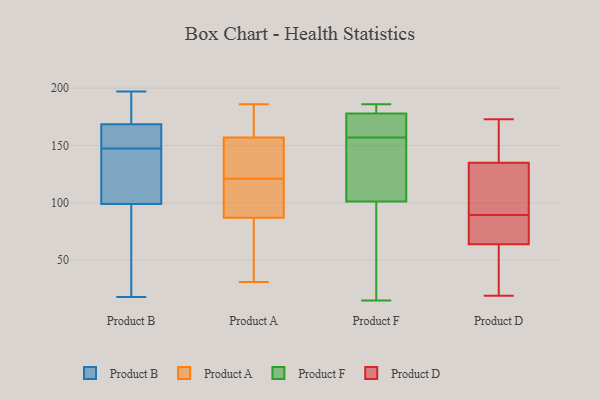
{"axis": {"x": "Headcount", "y": "Value"}, "legend": ["Product A", "Product B", "Product D", "Product F"], "data": [{"x": "", "y": 153, "type": "Product B"}, {"x": "", "y": 18, "type": "Product B"}, {"x": "", "y": 136, "type": "Product B"}, {"x": "", "y": 146, "type": "Product B"}, {"x": "", "y": 111, "type": "Product B"}, {"x": "", "y": 182, "type": "Product B"}, {"x": "", "y": 158, "type": "Product B"}, {"x": "", "y": 163, "type": "Product B"}, {"x": "", "y": 93, "type": "Product B"}, {"x": "", "y": 176, "type": "Product B"}, {"x": "", "y": 33, "type": "Product B"}, {"x": "", "y": 105, "type": "Product B"}, {"x": "", "y": 186, "type": "Product B"}, {"x": "", "y": 197, "type": "Product B"}, {"x": "", "y": 158, "type": "Product B"}, {"x": "", "y": 37, "type": "Product B"}, {"x": "", "y": 174, "type": "Product B"}, {"x": "", "y": 144, "type": "Product B"}, {"x": "", "y": 149, "type": "Product B"}, {"x": "", "y": 56, "type": "Product B"}, {"x": "", "y": 107, "type": "Product A"}, {"x": "", "y": 155, "type": "Product A"}, {"x": "", "y": 157, "type": "Product A"}, {"x": "", "y": 155, "type": "Product A"}, {"x": "", "y": 103, "type": "Product A"}, {"x": "", "y": 31, "type": "Product A"}, {"x": "", "y": 111, "type": "Product A"}, {"x": "", "y": 186, "type": "Product A"}, {"x": "", "y": 87, "type": "Product A"}, {"x": "", "y": 131, "type": "Product A"}, {"x": "", "y": 55, "type": "Product A"}, {"x": "", "y": 68, "type": "Product A"}, {"x": "", "y": 171, "type": "Product A"}, {"x": "", "y": 177, "type": "Product A"}, {"x": "", "y": 88, "type": "Product A"}, {"x": "", "y": 145, "type": "Product A"}, {"x": "", "y": 70, "type": "Product A"}, {"x": "", "y": 167, "type": "Product A"}, {"x": "", "y": 95, "type": "Product F"}, {"x": "", "y": 160, "type": "Product F"}, {"x": "", "y": 157, "type": "Product F"}, {"x": "", "y": 181, "type": "Product F"}, {"x": "", "y": 100, "type": "Product F"}, {"x": "", "y": 105, "type": "Product F"}, {"x": "", "y": 181, "type": "Product F"}, {"x": "", "y": 15, "type": "Product F"}, {"x": "", "y": 186, "type": "Product F"}, {"x": "", "y": 140, "type": "Product F"}, {"x": "", "y": 169, "type": "Product F"}, {"x": "", "y": 52, "type": "Product D"}, {"x": "", "y": 172, "type": "Product D"}, {"x": "", "y": 119, "type": "Product D"}, {"x": "", "y": 108, "type": "Product D"}, {"x": "", "y": 19, "type": "Product D"}, {"x": "", "y": 64, "type": "Product D"}, {"x": "", "y": 109, "type": "Product D"}, {"x": "", "y": 81, "type": "Product D"}, {"x": "", "y": 66, "type": "Product D"}, {"x": "", "y": 59, "type": "Product D"}, {"x": "", "y": 86, "type": "Product D"}, {"x": "", "y": 135, "type": "Product D"}, {"x": "", "y": 76, "type": "Product D"}, {"x": "", "y": 151, "type": "Product D"}, {"x": "", "y": 93, "type": "Product D"}, {"x": "", "y": 173, "type": "Product D"}, {"x": "", "y": 62, "type": "Product D"}, {"x": "", "y": 142, "type": "Product D"}]}